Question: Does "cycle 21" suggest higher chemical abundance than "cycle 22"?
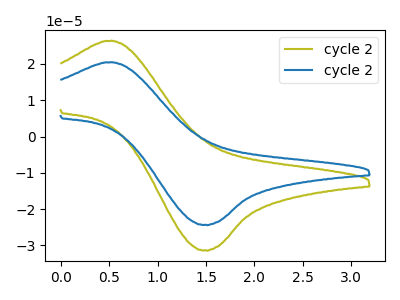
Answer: <think>The olive curve "cycle 21" has an anodic peak at (0.55V, 26.35uA) and a cathodic peak at (1.50V, -31.30uA). The blue curve "cycle 22" has an anodic peak at (0.55V, 20.45uA) and a cathodic peak at (1.50V, -24.30uA).
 All the peaks in "cycle 21" have a peak in "cycle 22" at the same potential. Every peak in "cycle 21" is higher than every peak in "cycle 22".</think>
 <answer>"cycle 21" has more signal than "cycle 22".</answer>
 <eval>more_signal</eval>